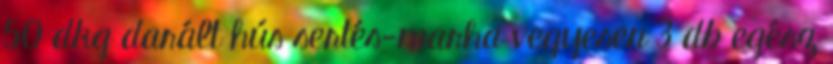
50 dkg darált hús sertés-marha vegyesen 3 db egész